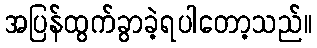
အပြန်ထွက်ခွာခဲ့ရပါတော့သည်။